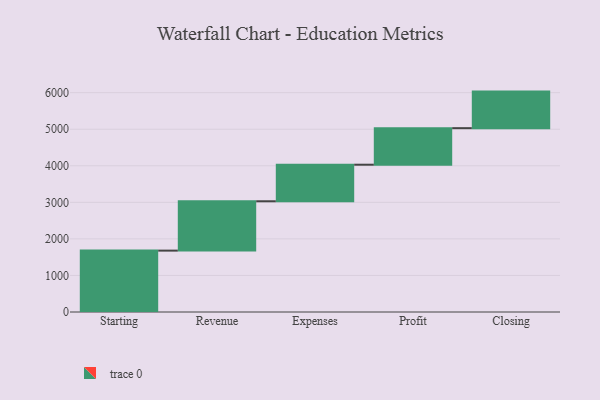
{"axis": {"x": "Step", "y": "Value"}, "legend": [""], "data": [{"x": "Starting", "y": 1679.0, "type": ""}, {"x": "Revenue", "y": 1350.0, "type": ""}, {"x": "Expenses", "y": 1000, "type": ""}, {"x": "Profit", "y": 1000, "type": ""}, {"x": "Closing", "y": 1000, "type": ""}]}